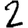
Digit: 2